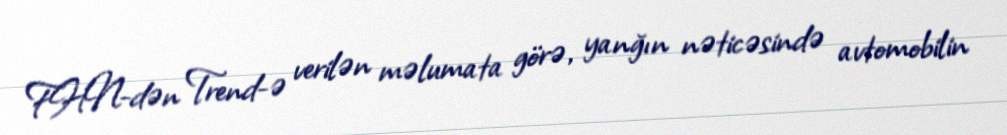
FHN-dən Trend-ə verilən məlumata görə, yanğın nəticəsində avtomobilin